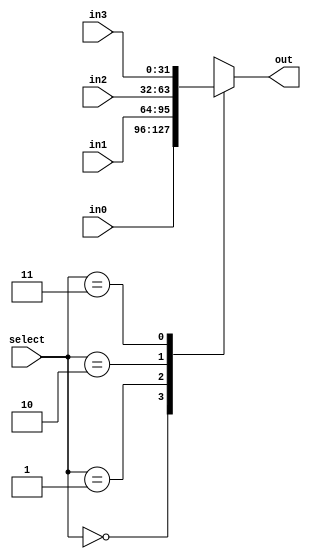
//==================================================================================================
//  Revision      : 1.0
//  Company       : Universidad Simn Bolvar
//
//  Description   : A 4-input Mux, with parameterizable width
//==================================================================================================

module musb_mux_4_1#(
    parameter DATA = 32
    )
    (
    input       [1:0]       select,
    input       [DATA-1:0]  in0,
    input       [DATA-1:0]  in1,
    input       [DATA-1:0]  in2,
    input       [DATA-1:0]  in3,
    output  reg [DATA-1:0]  out
    );

    always @(*) begin
        case (select)
            2'b00 : out <= in0;
            2'b01 : out <= in1;
            2'b10 : out <= in2;
            2'b11 : out <= in3;
        endcase
    end
endmodule